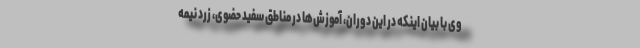
وی با بیان اینکه در این دوران، آموزش‌ها در مناطق سفید حضوی، زرد نیمه